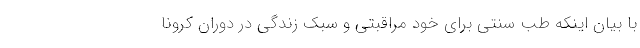
با بیان اینکه طب سنتی برای خود مراقبتی و سبک زندگی در دوران کرونا